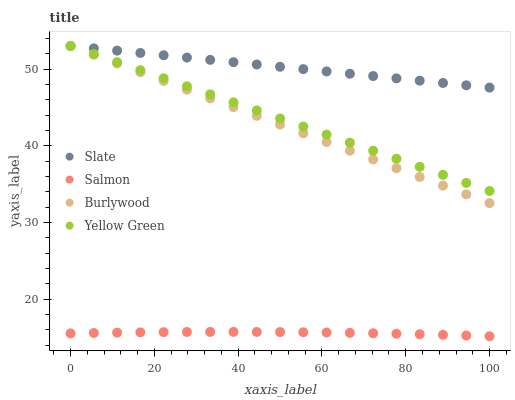
| xaxis_label | Slate | Salmon | Burlywood | Yellow Green |
 | --- | --- | --- | --- | --- |
 | 0 | 53 | 15.5 | 53 | 53 |
 | 5.56 | 52.7 | 15.6 | 51.9 | 52 |
 | 11.1 | 52.4 | 15.6 | 50.7 | 50.9 |
 | 16.7 | 52.1 | 15.7 | 49.6 | 49.9 |
 | 22.2 | 51.8 | 15.7 | 48.5 | 48.8 |
 | 27.8 | 51.5 | 15.7 | 47.3 | 47.8 |
 | 33.3 | 51.2 | 15.7 | 46.2 | 46.7 |
 | 38.9 | 50.9 | 15.7 | 45 | 45.7 |
 | 44.4 | 50.6 | 15.7 | 43.9 | 44.6 |
 | 50 | 50.3 | 15.7 | 42.8 | 43.6 |
 | 55.6 | 50 | 15.7 | 41.6 | 42.5 |
 | 61.1 | 49.7 | 15.7 | 40.5 | 41.5 |
 | 66.7 | 49.4 | 15.6 | 39.4 | 40.4 |
 | 72.2 | 49.1 | 15.6 | 38.2 | 39.4 |
 | 77.8 | 48.8 | 15.5 | 37.1 | 38.3 |
 | 83.3 | 48.5 | 15.4 | 35.9 | 37.3 |
 | 88.9 | 48.2 | 15.4 | 34.8 | 36.2 |
 | 94.4 | 47.9 | 15.3 | 33.7 | 35.2 |
 | 100 | 47.6 | 15.2 | 32.5 | 34.1 |